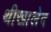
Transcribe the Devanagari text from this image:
थीखालेद